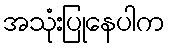
အသုံးပြုနေပါက